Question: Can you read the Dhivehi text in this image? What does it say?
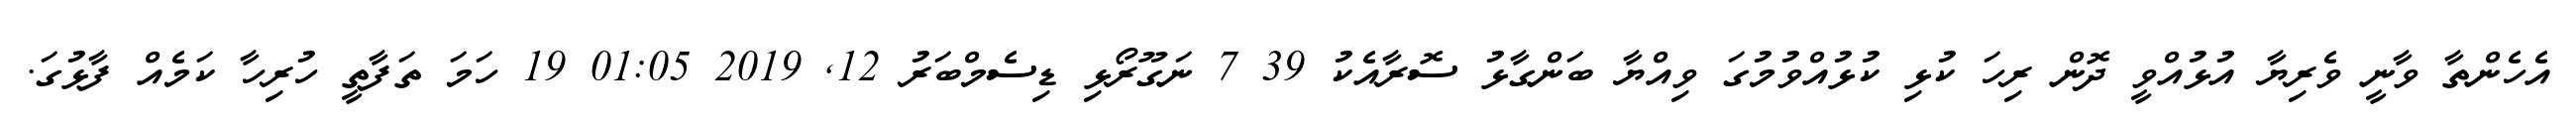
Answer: އެހެންތާ ވާނީ ވެރިޔާ އުޅުއްވީ ދޮން ރިހަ ކުޅި ކުޅުއްވުމުގަ ވިއްޔާ ބަންގާޅު ސޮރާއެކު 39 7 ނަގޫރޯޅި ޑިސެމްބަރު 12, 2019 01:05 19 ހަމަ ތަފާތީ ހުރިހާ ކަމެއް ފާޅުގަ.